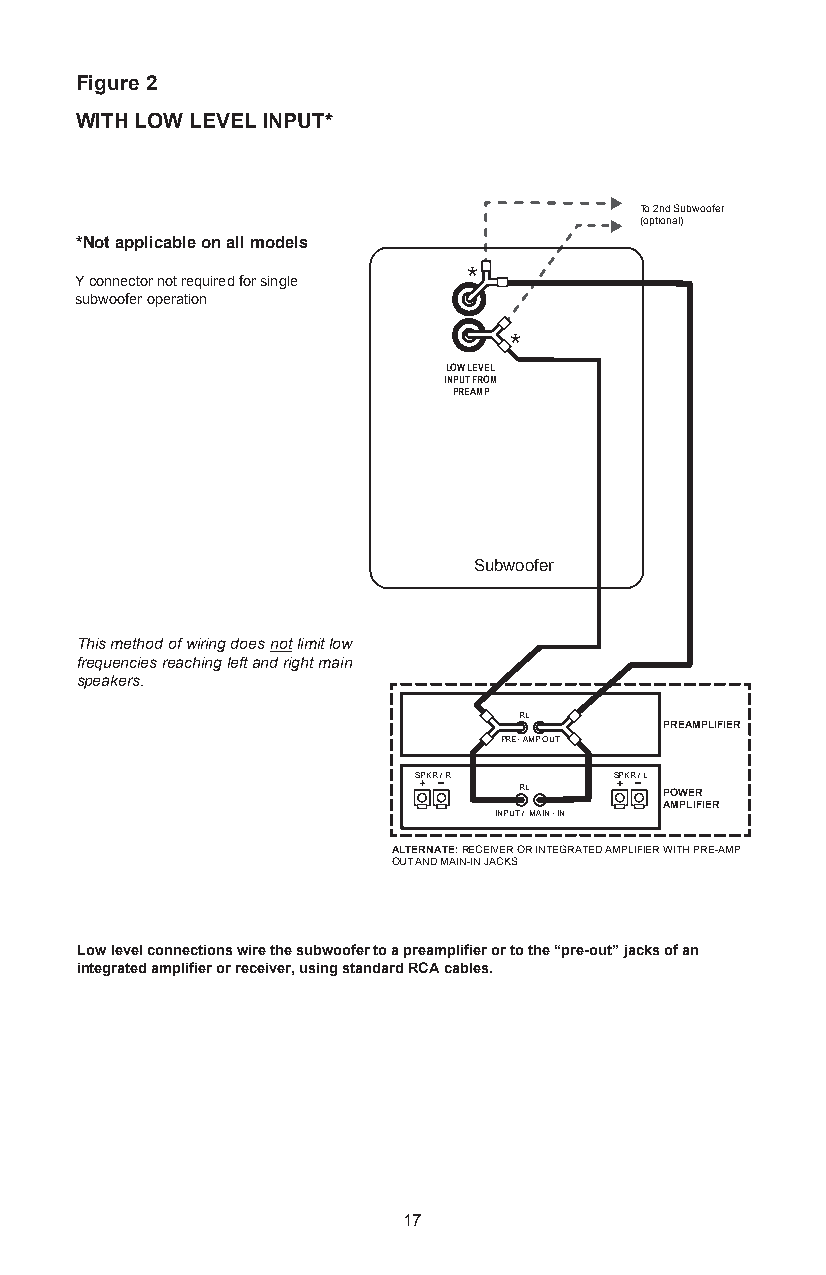
Figure 2
 WITH LOW LEVEL INPUT*
 To 2nd Subwoofer
 (optional)
 *Not applicable on all models
 *
 Y connector not required for single
 subwoofer operation
 *
 LOW LEVEL
 INPUT FROM
 PREAMP
 Subwoofer
 This method of wiring does not limit low
 frequencies reaching left and right main
 speakers.
 RL
 PREAMPLIFIER
 PRE- AMP OUT
 SPKR / R      SPKR / L
 RL        POWER
 AMPLIFIER
 INPUT / MAIN - IN
 ALTERNATE: RECEIVER OR INTEGRATED AMPLIFIER WITH PRE-AMP
 OUT AND MAIN-IN JACKS
 Low level connections wire the subwoofer to a preamplifier or to the “pre-out” jacks of an
 integrated amplifier or receiver, using standard RCA cables.
 17